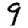
Digit: 9